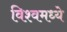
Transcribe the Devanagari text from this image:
विश्वमध्ये